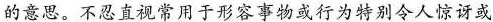
的意思。不忍直视常用于形容事物或行为特别令人惊讶或